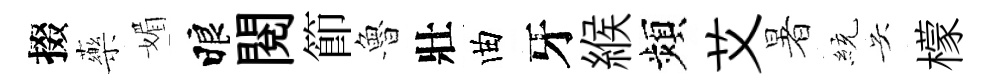
掇藥媚睱閲節魯壯曲牙緱頻艾暑統吴檬